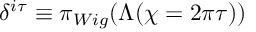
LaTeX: \delta ^ { i \tau } \equiv \pi _ { W i g } ( \Lambda ( \chi = 2 \pi \tau ) )